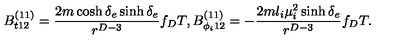
B _ { t 1 2 } ^ { ( 1 1 ) } = { \frac { 2 m \cosh \delta _ { e } \sinh \delta _ { e } } { r ^ { D - 3 } } } f _ { D } T , B _ { \phi _ { i } 1 2 } ^ { ( 1 1 ) } = - { \frac { 2 m l _ { i } \mu _ { i } ^ { 2 } \sinh \delta _ { e } } { r ^ { D - 3 } } } f _ { D } T .